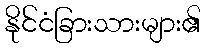
နိုင်ငံခြားသားများ၏